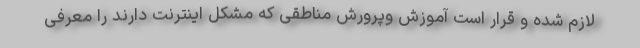
لازم شده و قرار است آموزش وپرورش مناطقی که مشکل اینترنت دارند را معرفی